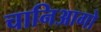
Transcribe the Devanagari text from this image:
चानिआगो